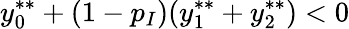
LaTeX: y_{0}^{**}+(1-p_{I})(y_{1}^{**}+y_{2}^{**})<0